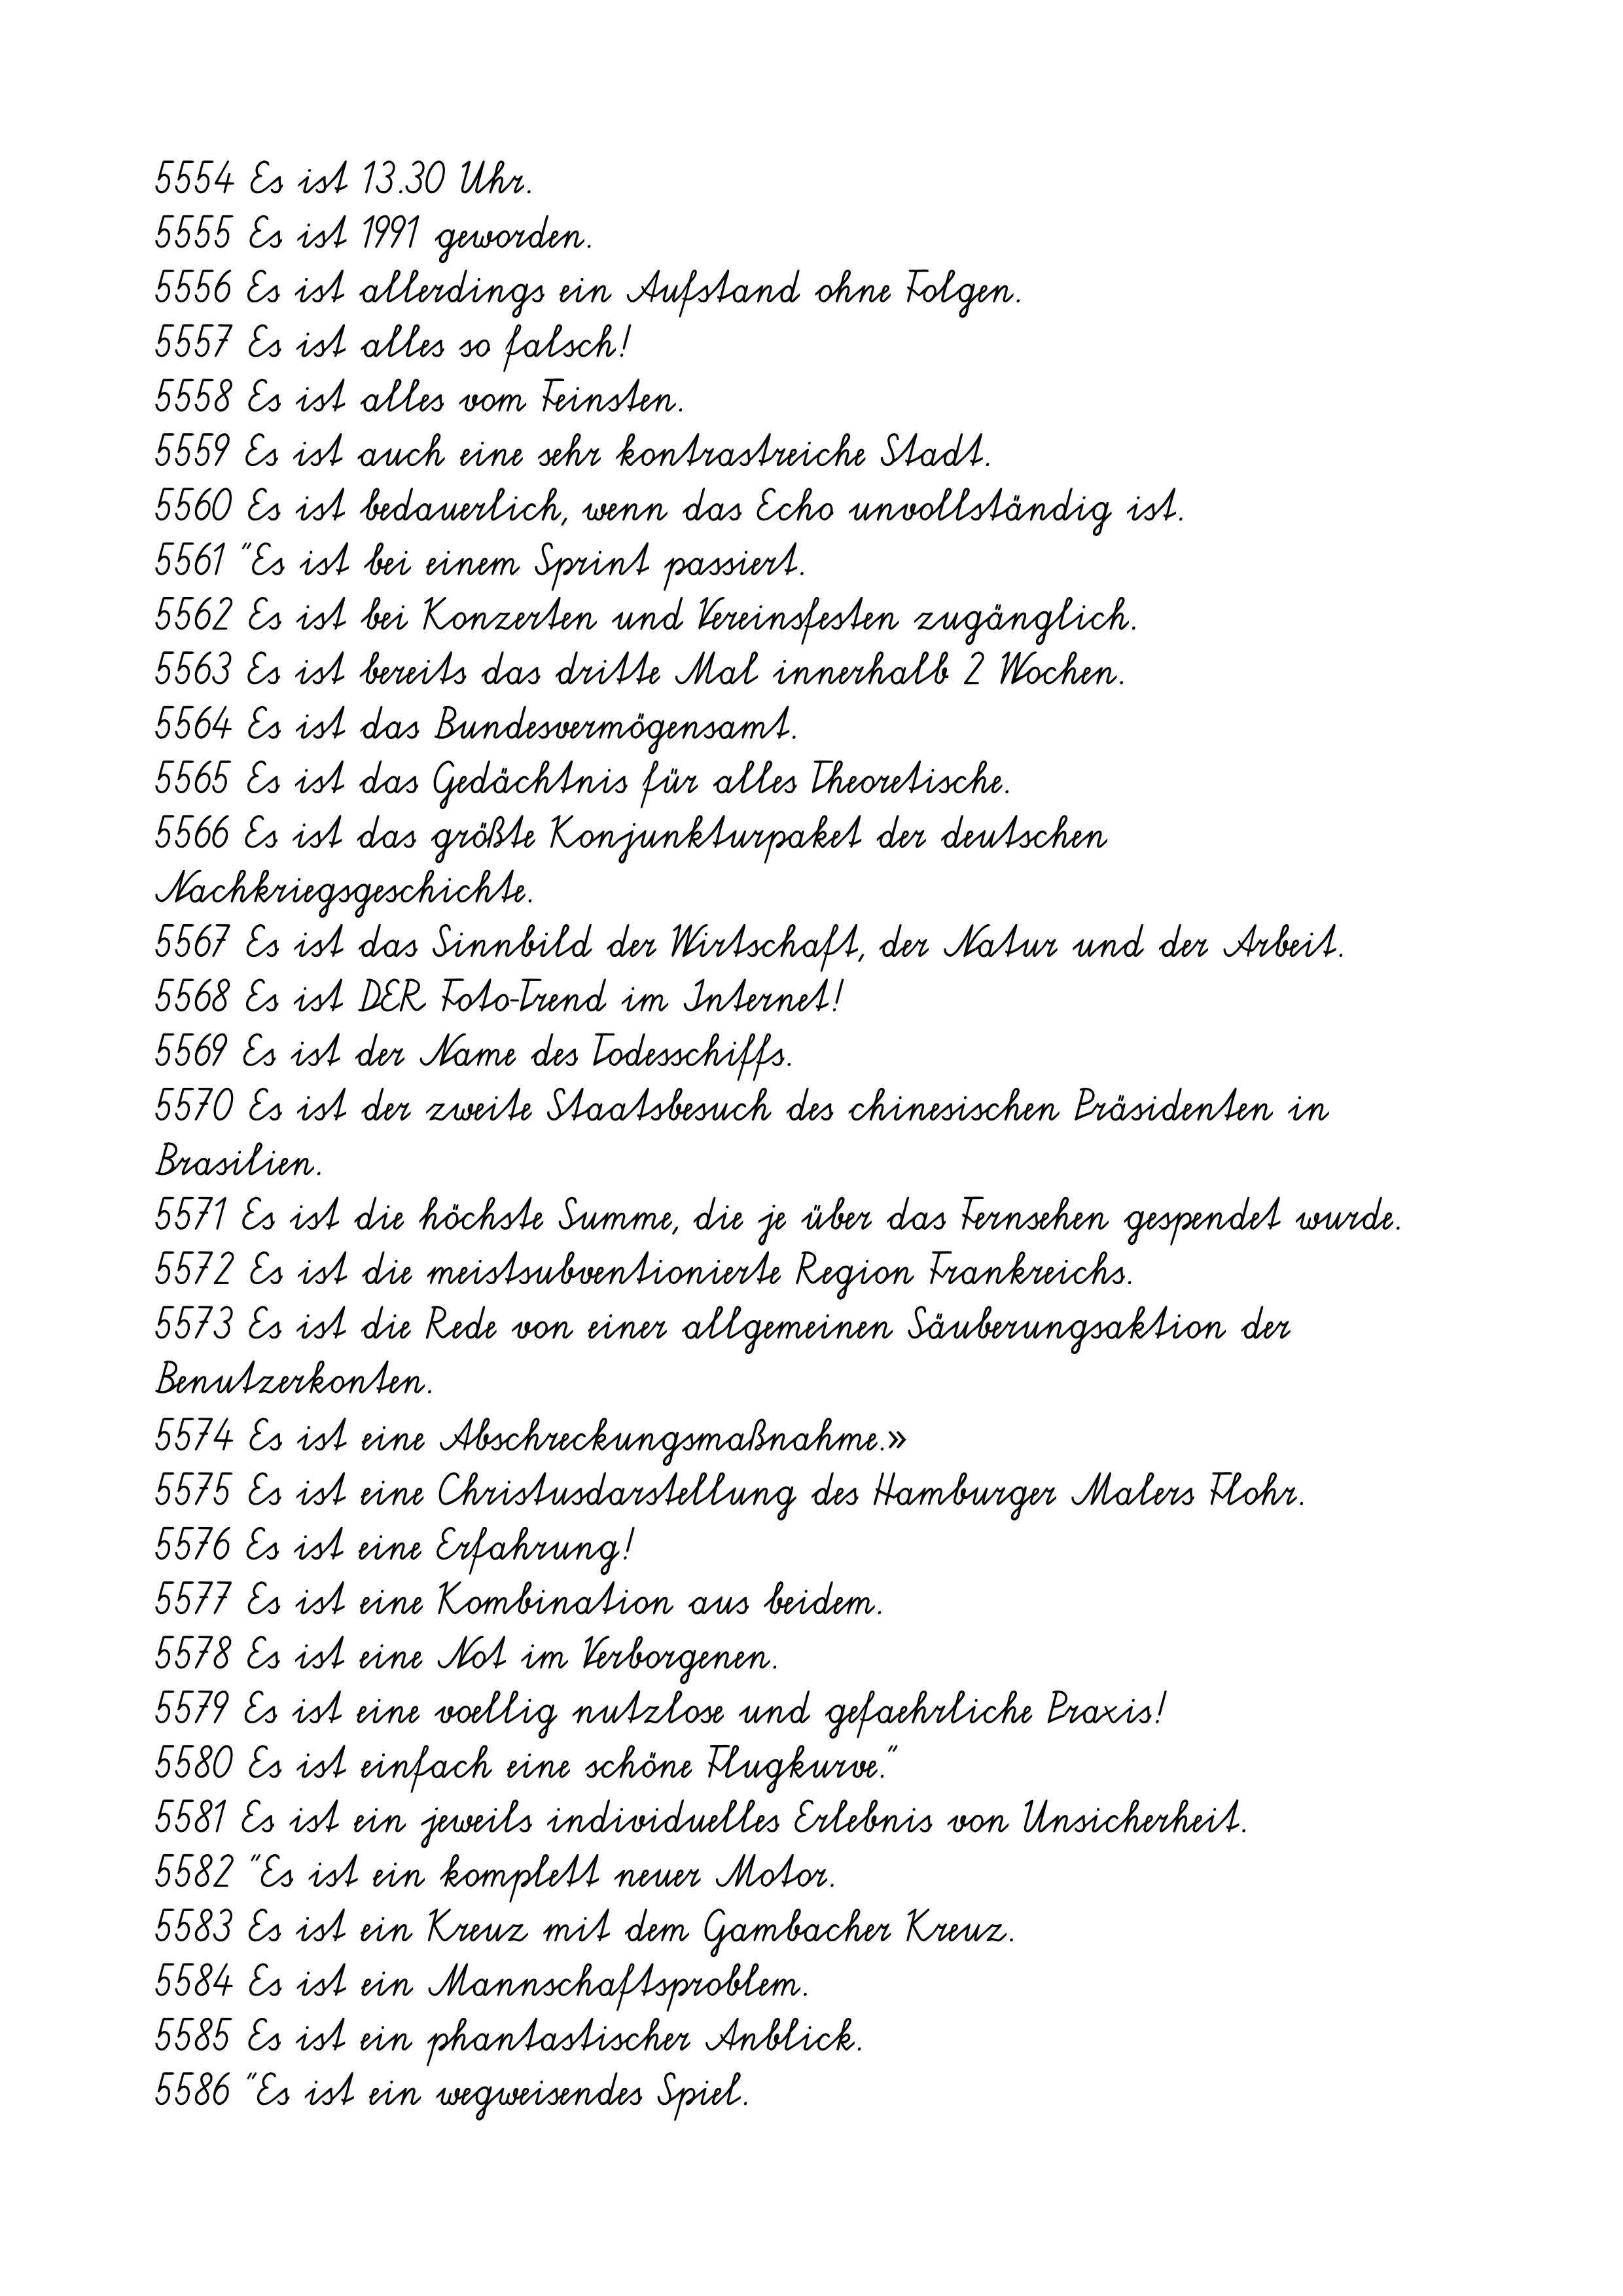
5554 Es ist 13.30 Uhr.
5555 Es ist 1991 geworden.
5556 Es ist allerdings ein Aufstand ohne Folgen.
5557 Es ist alles so falsch!
5558 Es ist alles vom Feinsten.
5559 Es ist auch eine sehr kontrastreiche Stadt.
5560 Es ist bedauerlich, wenn das Echo unvollständig ist.
5561 "Es ist bei einem Sprint passiert.
5562 Es ist bei Konzerten und Vereinsfesten zugänglich.
5563 Es ist bereits das dritte Mal innerhalb 2 Wochen.
5564 Es ist das Bundesvermögensamt.
5565 Es ist das Gedächtnis für alles Theoretische.
5566 Es ist das größte Konjunkturpaket der deutschen
Nachkriegsgeschichte.
5567 Es ist das Sinnbild der Wirtschaft, der Natur und der Arbeit.
5568 Es ist DER Foto-Trend im Internet!
5569 Es ist der Name des Todesschiffs.
5570 Es ist der zweite Staatsbesuch des chinesischen Präsidenten in
Brasilien.
5571 Es ist die höchste Summe, die je über das Fernsehen gespendet wurde.
5572 Es ist die meistsubventionierte Region Frankreichs.
5573 Es ist die Rede von einer allgemeinen Säuberungsaktion der
Benutzerkonten.
5574 Es ist eine Abschreckungsmaßnahme.»
5575 Es ist eine Christusdarstellung des Hamburger Malers Flohr.
5576 Es ist eine Erfahrung!
5577 Es ist eine Kombination aus beidem.
5578 Es ist eine Not im Verborgenen.
5579 Es ist eine voellig nutzlose und gefaehrliche Praxis!
5580 Es ist einfach eine schöne Flugkurve."
5581 Es ist ein jeweils individuelles Erlebnis von Unsicherheit.
5582 "Es ist ein komplett neuer Motor.
5583 Es ist ein Kreuz mit dem Gambacher Kreuz.
5584 Es ist ein Mannschaftsproblem.
5585 Es ist ein phantastischer Anblick.
5586 "Es ist ein wegweisendes Spiel.